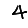
Digit: 4